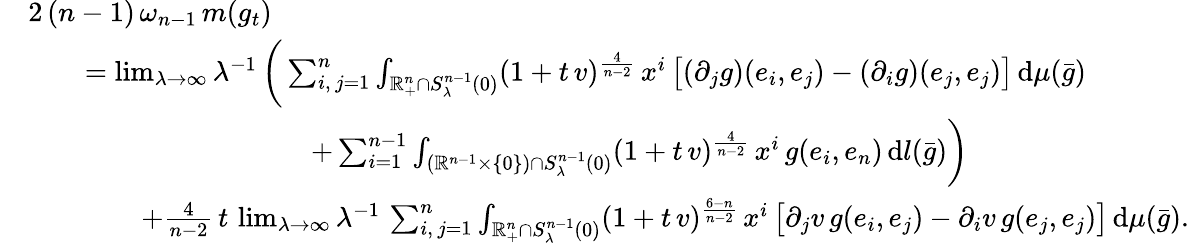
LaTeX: \begin{array}{rl}&{2\, (n-1)\, \omega_{n-1}\, m(g_{t})}\\ &{\qquad=\operatorname*{lim}_{\lambda\to\infty}\lambda^{-1}\, \bigg(\sum_{i,\, j=1}^{n}\int_{\mathbb{R}_{+}^{n}\cap{S}_{\lambda}^{n-1}(0)}(1+t\, v)^{\frac{4}{n-2}}\, x^{i}\, \big[(\partial_{j}g)(e_{i},e_{j})-(\partial_{i}g)(e_{j},e_{j})\big]\, \mathrm{d}\mu(\bar{g})}\\ &{\qquad\qquad\qquad\qquad\qquad+\sum_{i=1}^{n-1}\int_{(\mathbb{R}^{n-1}\times\{ 0\} )\cap S_{\lambda}^{n-1}(0)}(1+t\, v)^{\frac{4}{n-2}}\, x^{i}\, g(e_{i},e_{n})\, \mathrm{d}l(\bar{g})\bigg)}\\ &{\qquad\qquad+\frac{4}{n-2}\, t\, \operatorname*{lim}_{\lambda\to\infty}\lambda^{-1}\, \sum_{i,\, j=1}^{n}\int_{\mathbb{R}_{+}^{n}\cap{S}_{\lambda}^{n-1}(0)}(1+t\, v)^{\frac{6-n}{n-2}}\, x^{i}\, \big[\partial_{j}v\, g(e_{i},e_{j})-\partial_{i}v\, g(e_{j},e_{j})\big]\, \mathrm{d}\mu(\bar{g}).}\end{array}